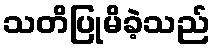
သတိပြုမိခဲ့သည်